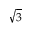
\sqrt { 3 }